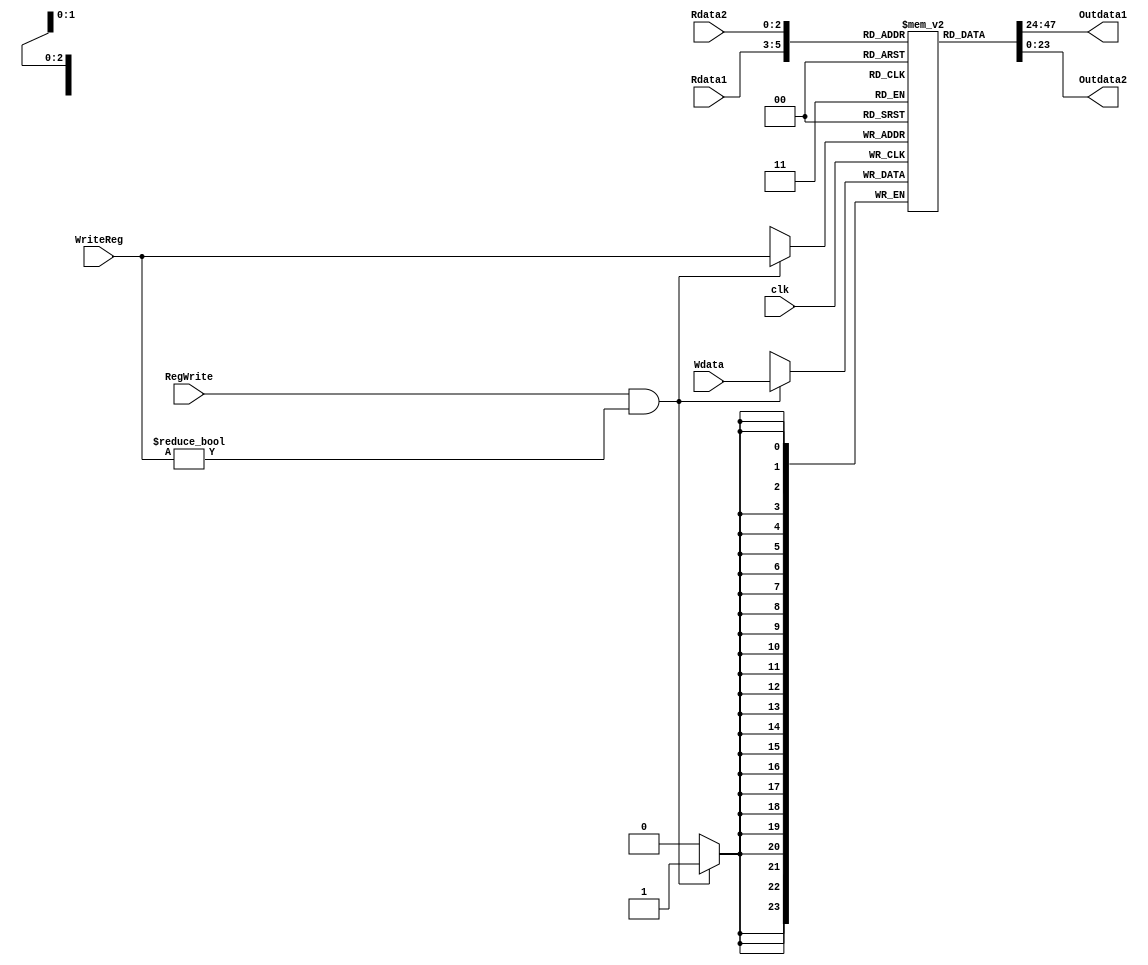
module RegisterFile (
    input [2:0] Rdata1,
    input [2:0] Rdata2,
    input [2:0] WriteReg,
    input [23:0] Wdata,
    output reg [23:0] Outdata1,
    output reg [23:0] Outdata2,
    input RegWrite,
    input clk
);
    reg[23:0] RegFile[8];
    integer i;
    initial begin
        for( i=0;i<8;i++)
            begin
                RegFile[i] = 0; 
                end
    end
    always @(posedge clk) begin
        if(RegWrite & WriteReg != 0)
            RegFile[WriteReg] <= Wdata;
    end
    always @(*) begin
     Outdata1 <= RegFile[Rdata1];
    end
    always @(*) begin
        Outdata2 <= RegFile[Rdata2];
    end
endmodule